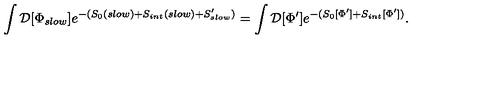
\int { \cal D } [ \Phi _ { s l o w } ] e ^ { - ( S _ { 0 } ( s l o w ) + S _ { i n t } ( s l o w ) + S _ { s l o w } ^ { \prime } ) } = \int { \cal D } [ \Phi ^ { \prime } ] e ^ { - ( S _ { 0 } [ \Phi ^ { \prime } ] + S _ { i n t } [ \Phi ^ { \prime } ] ) } .